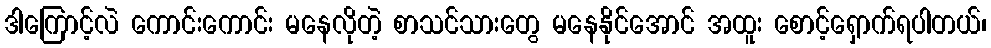
ဒါကြောင့်လဲ ကောင်းကောင်း မနေလိုတဲ့ စာသင်သားတွေ မနေနိုင်အောင် အထူး စောင့်ရှောက်ရပါတယ်၊